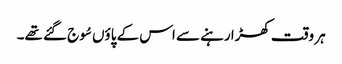
ہر وقت کھڑا رہنے سے اس کے پاؤں سُوج گئے تھے۔